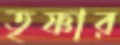
তৃষ্ণার